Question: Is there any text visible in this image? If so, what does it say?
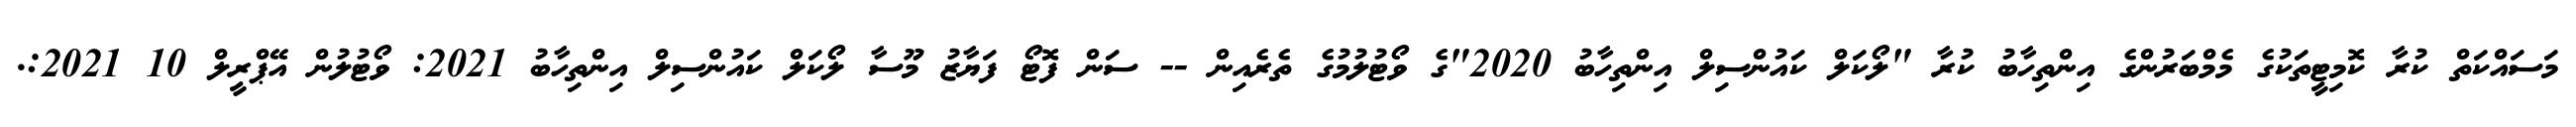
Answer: މަސައްކަތް ކުރާ ކޮމިޓީތަކުގެ މެމްބަރުންގެ އިންތިހާބު ކުރާ "ލޯކަލް ކައުންސިލް އިންތިހާބު 2020"ގެ ވޯޓުލުމުގެ ތެރެއިން -- ސަން ފޮޓޯ ފަޔާޒު މޫސާ ލޯކަލް ކައުންސިލް އިންތިހާބު 2021: ވޯޓުލުން އޭޕްރީލް 10 2021:.